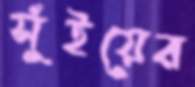
সুঁইয়ের